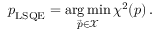
\boldsymbol { p } _ { \mathrm { L S Q E } } = \underset { \vec { p } \in \mathcal { X } } { \arg \operatorname* { m i n } } \, \chi ^ { 2 } ( \boldsymbol { p } ) \, .